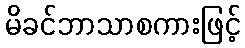
မိခင်ဘာသာစကားဖြင့်